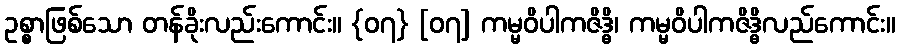
ဥစ္စာဖြစ်သော တန်ခိုးလည်းကောင်း။ {၀၇} [၀၇] ကမ္မဝိပါကဇိဒ္ဓိ၊ ကမ္မဝိပါကဇိဒ္ဓိလည်ကောင်း။